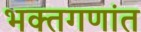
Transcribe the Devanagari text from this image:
भक्तगणांत